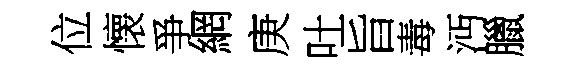
位懐爭網庚吐旨毒沔臘